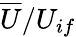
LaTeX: \overline{{U}}/U_{if}